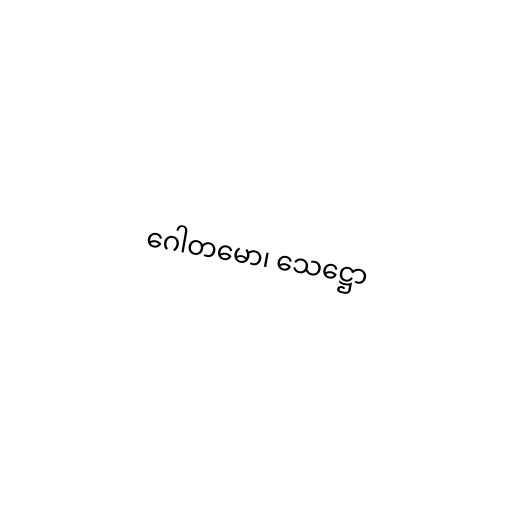
ဂေါတမော၊ သေဋ္ဌော